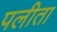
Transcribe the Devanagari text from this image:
पलीता